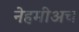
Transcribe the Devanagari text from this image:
नेहमीअच